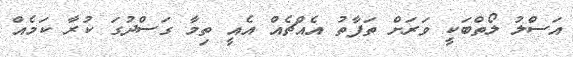
އަސްލު ލޯތްބަކީ ވަރަށް ތަފާތު އެއްޗެއް އެއީ ތިމާ ގަސްދުގަ ކުރާ ކަމެއް